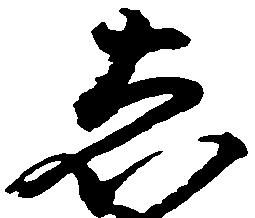
し